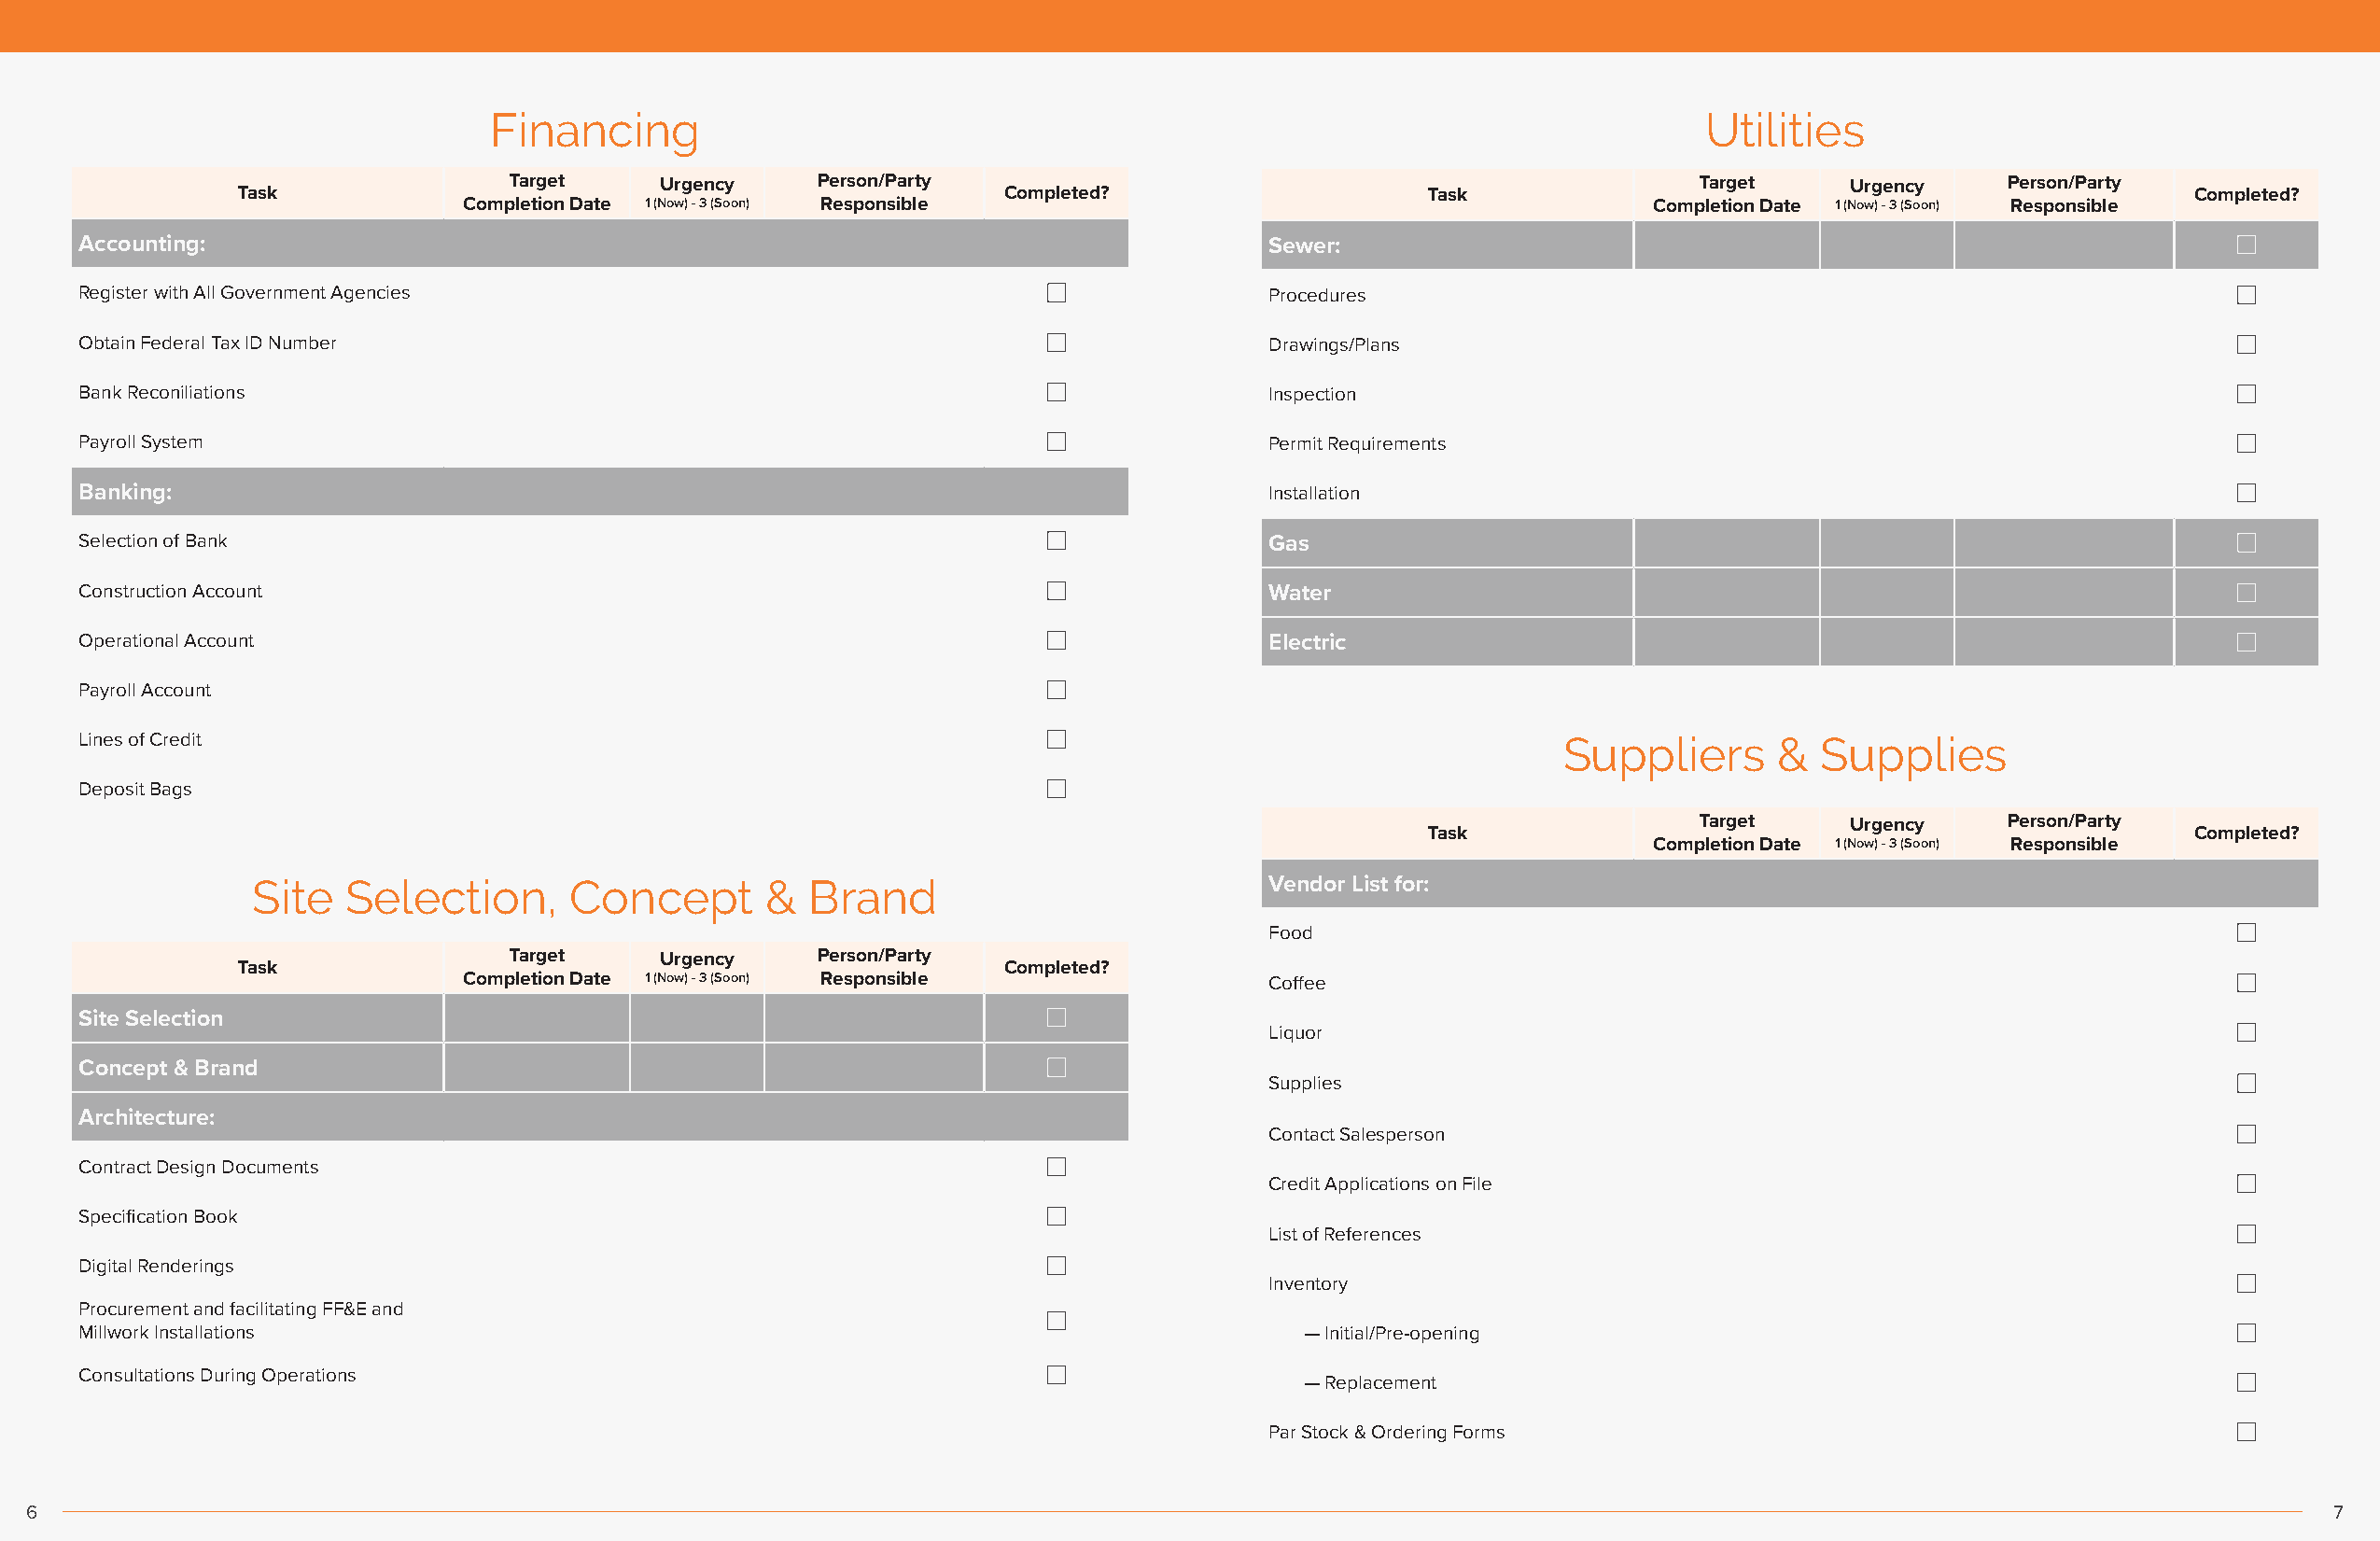
Financing                                                                             Utilities
 Target     Urgency    Person/Party                                                   Target    Urgency    Person/Party
 Task                                                  Completed?                    Task                                                   Completed?
 Completion Date 1 (Now) - 3 (Soon) Responsible                                      Completion Date 1 (Now) - 3 (Soon) Responsible
 Accounting:                                                                         Sewer:
 Register with All Government Agencies                                               Procedures
 Obtain Federal Tax ID Number                                                        Drawings/Plans
 Bank Reconiliations                                                                 Inspection
 Payroll System                                                                      Permit Requirements
 Banking:                                                                            Installation
 Selection of Bank                                                                   Gas
 Construction Account                                                                Water
 Operational Account                                                                 Electric
 Payroll Account
 Lines of Credit                                                                                          Suppliers      &  Supplies
 Deposit Bags
 Target    Urgency    Person/Party
 Task                                                   Completed?
 Completion Date 1 (Now) - 3 (Soon) Responsible
 Site  Selection,      Concept       &  Brand                            Vendor List for:
 Food
 Target     Urgency    Person/Party
 Task                                                  Completed?
 Completion Date 1 (Now) - 3 (Soon) Responsible           Coffee
 Site Selection
 Liquor
 Concept & Brand
 Supplies
 Architecture:
 Contact Salesperson
 Contract Design Documents
 Credit Applications on File
 Specification Book
 List of References
 Digital Renderings
 Inventory
 Procurement and facilitating FF&E and
 Millwork Installations                                                                — Initial/Pre-opening
 Consultations During Operations
 — Replacement
 Par Stock & Ordering Forms
 6                                                                                                                                                                   7